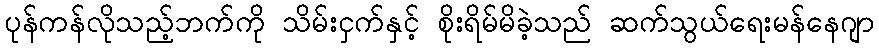
ပုန်ကန်လိုသည့်ဘက်ကို သိမ်းငှက်နှင့် စိုးရိမ်မိခဲ့သည် ဆက်သွယ်ရေးမန်နေဂျာ